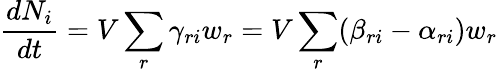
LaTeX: {\frac{dN_{i}}{dt}}=V\sum_{r}\gamma_{ri}w_{r}=V\sum_{r}(\beta_{ri}-\alpha_{ri})w_{r}